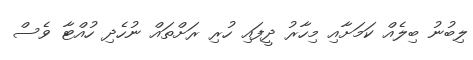
ލިބުނު ބިލެއް ކަމަށާއި މިހާރު ދީފައި ހުރި ރަށްތައް ނުހެދި ހުއްޓާ ވެސް